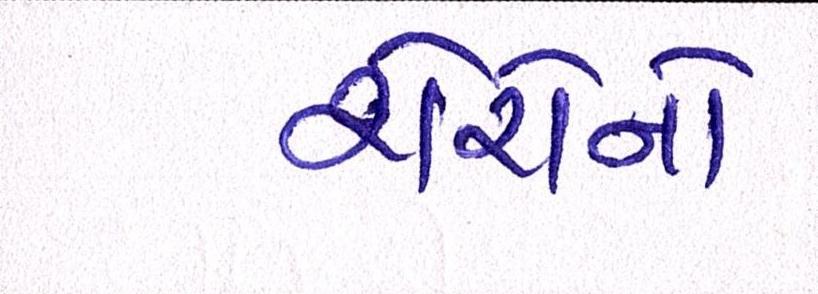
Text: શેરોનો